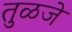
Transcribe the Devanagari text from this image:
तुळजे